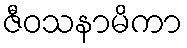
ဇီဝသနာမိကာ